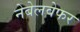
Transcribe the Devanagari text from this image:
नेबेलवेफर